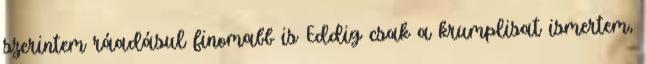
szerintem ráadásul finomabb is Eddig csak a krumplisat ismertem,